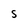
Character: S